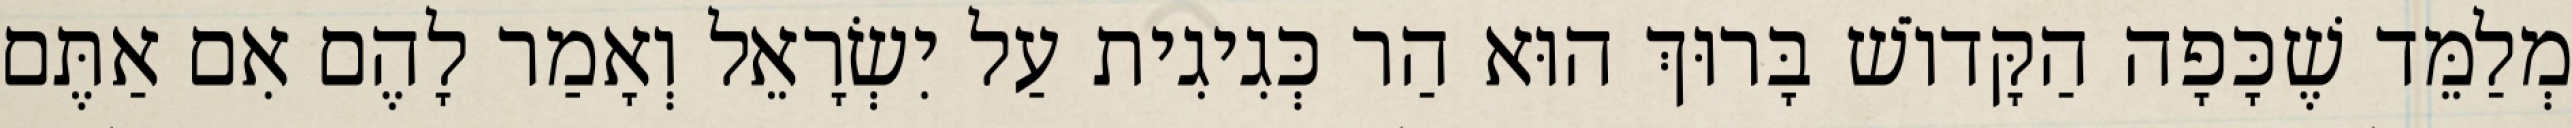
מְלַמֵּד שֶׁכָּפָה הַקָּדוֹשׁ בָּרוּךְ הוּא הַר כְּגִיגִית עַל יִשְׂרָאֵל וְאָמַר לָהֶם אִם אַתֶּם